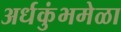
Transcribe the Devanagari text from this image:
अर्धकुंभमेळा